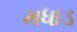
મધાડ